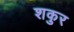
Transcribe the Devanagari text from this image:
शकुर